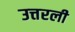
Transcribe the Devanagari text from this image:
उत्तरली